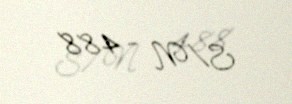
S/N - 488